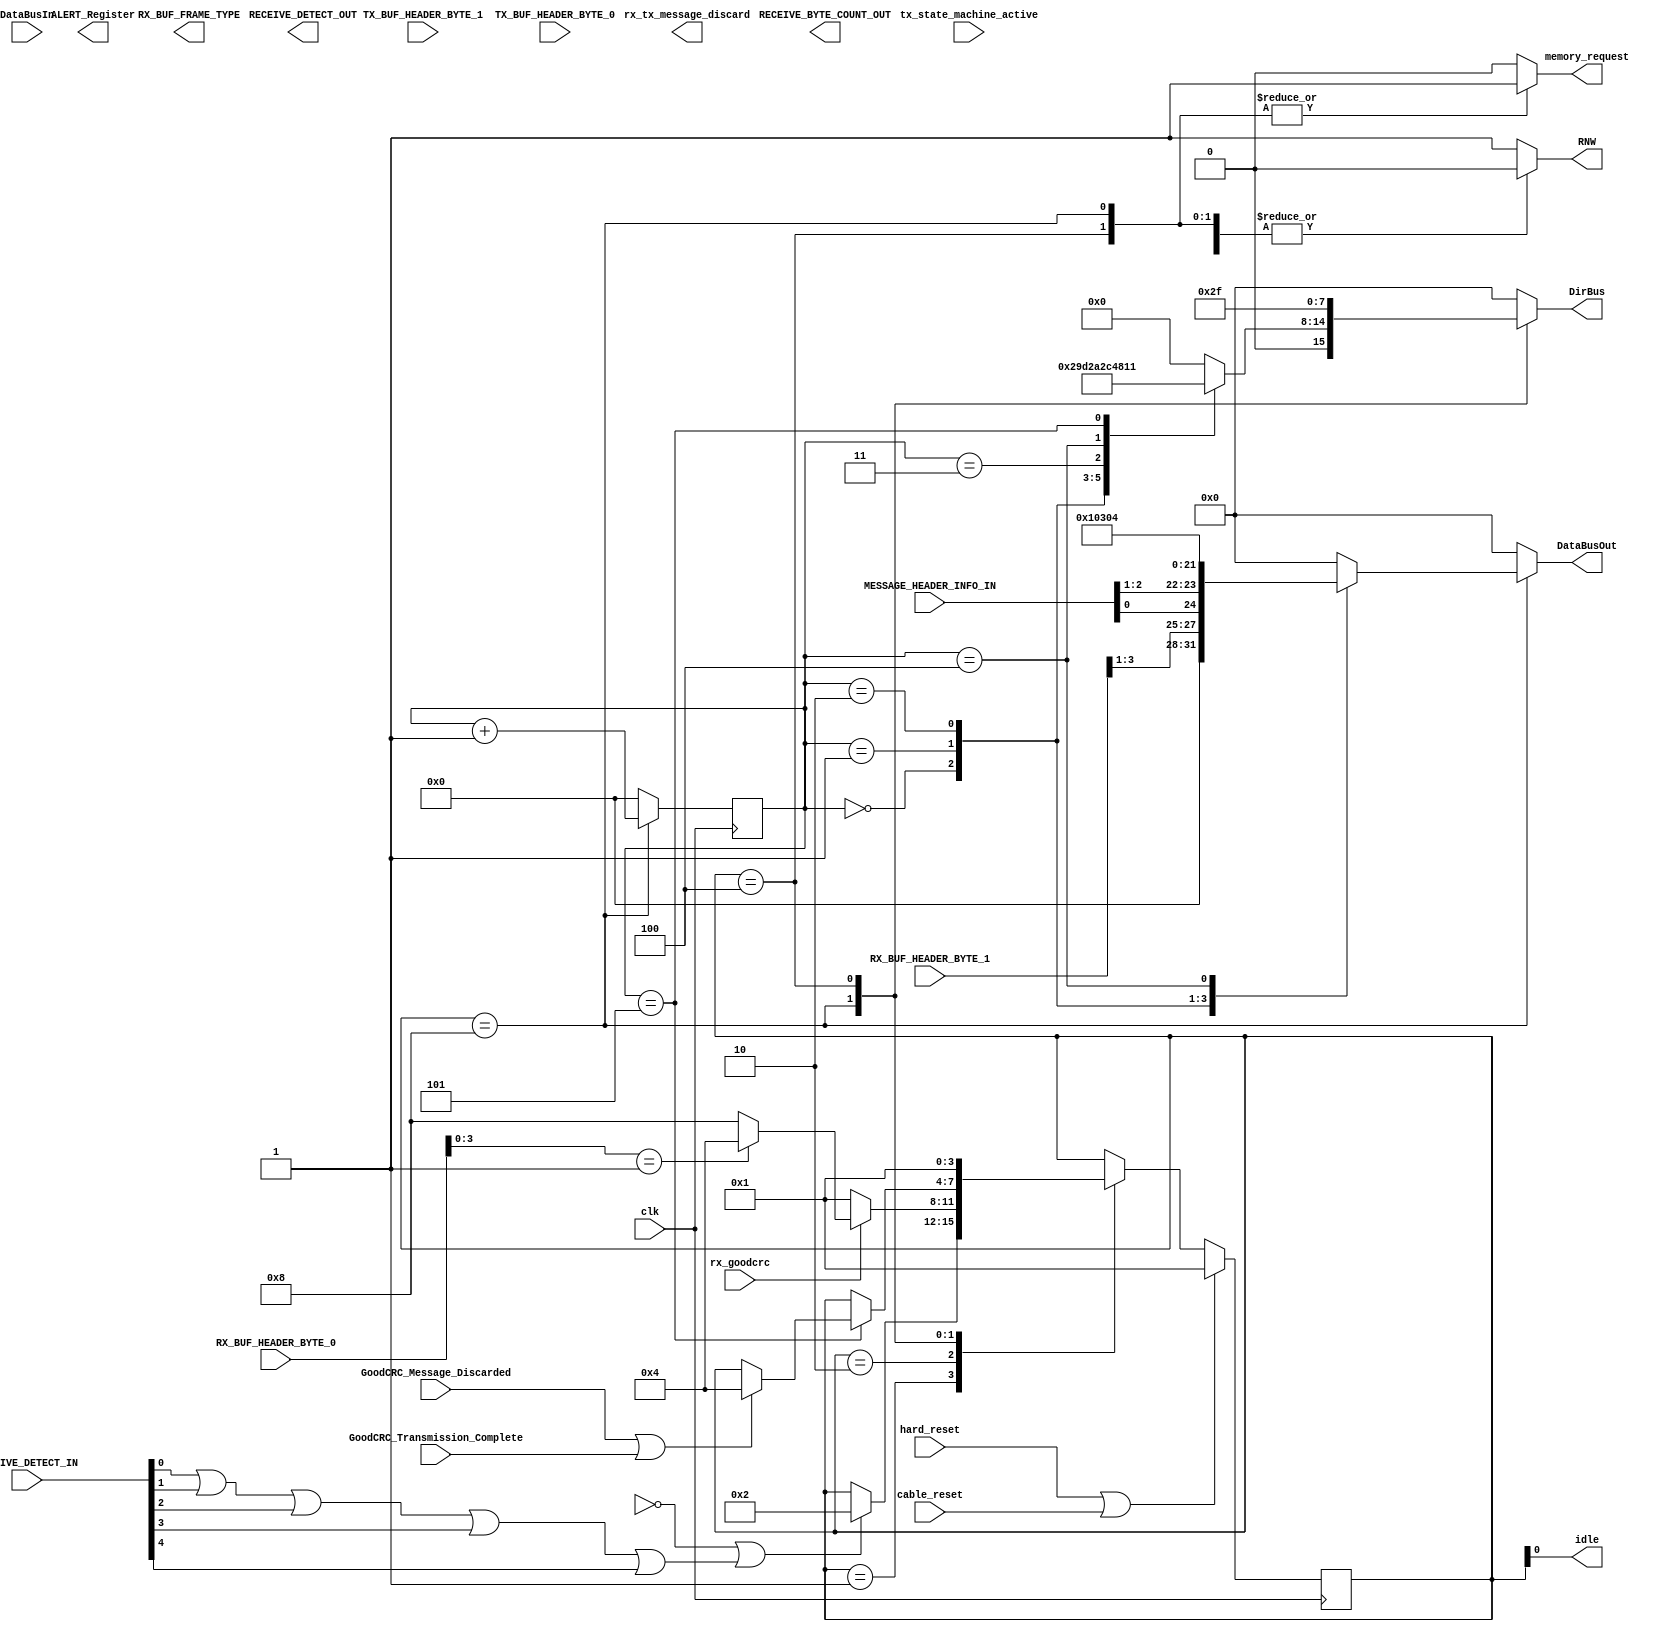
module rx ( 
		 
		input wire 	 clk, 
		input wire 	 hard_reset, 
		input wire 	 cable_reset, 
		input wire 	 tx_state_machine_active, // Se encuentra activa la SM Tx?
		input wire [7:0] DataBusIn, // Datos entrantes desde el mdulo de registros

		input wire [7:0] MESSAGE_HEADER_INFO_IN, // Registro de informacin de header 
		input wire [7:0] RECEIVE_DETECT_IN, // Registro de notificacin de mensaje
		input wire [7:0] TX_BUF_HEADER_BYTE_1, // Header del mensaje en TX
		input wire [7:0] TX_BUF_HEADER_BYTE_0, // Header del mensaje en TX
		input wire [7:0] RX_BUF_HEADER_BYTE_1, // Rx buffer header byte 1
		input wire [7:0] RX_BUF_HEADER_BYTE_0, // Rx buffer header byte 0
		input wire 	 GoodCRC_Message_Discarded,// Indica mensaje de GoodCRC descartado
		input wire 	 GoodCRC_Transmission_Complete,// Indica mensaje de GoodCRC exitoso
                input wire 	 rx_goodcrc, // Se recibe un buen CRC                
                output reg 	 rx_tx_message_discard, // Informar a PLR de estado Rx_Message_Discard	 
		output reg [7:0] DirBus, // Bus de direcciones proveniente del PHY
		output reg [7:0] DataBusOut, // Datos salientes hacia el mdulo de registros.
		output reg 	 memory_request,
		output reg 	 RNW,
		output wire 	 idle, 
		output reg [7:0] RECEIVE_BYTE_COUNT_OUT, // Nmero de bytes en el mensaje, (3 si es de control)		
                output reg [7:0] ALERT_Register,
                output reg [7:0] RX_BUF_FRAME_TYPE,
		output reg [7:0] RECEIVE_DETECT_OUT // Salida hacia el registro RECEIVE_DETECT
		);
   reg [3:0] 		   state; // Registro estado
   reg [3:0] 		   nextState; // Registro prximo estado
   reg 			   RxBufferFull; // Seala si el buffer est lleno
   reg [3:0] 		   WriteGoodCRC_counter; // Contador de escritura en memoria de mensaje GoodCRC
   wire 		   MessageRecivedFromPHY;

   
//Estados de la mquina
   localparam PRL_Rx_Wait_For_PHY_Message = 4'b0001;
   localparam PRL_Rx_Message_Discard      = 4'b0010; 
   localparam PRL_Rx_Send_GoodCRC         = 4'b1000; 
   localparam PRL_Rx_Report_SOP           = 4'b0100; 

//Contadores de mensajes
   localparam ControlMessageSize          = 4'b0101;

//Los siguientes parmetros son valores dados por el estndar del USB Tipo C de Noviembre del 2016.
//Alertas y Notificaciones

   localparam ALERT_DIR_0                   = 8'h10; 
   localparam ALERT_DIR_1                   = 8'h11; 
   
//Direcciones del buffer para ser ledas
   localparam HEADER_0                    = 82;
   localparam HEADER_1                    = 83;
   localparam BYTE_COUNT                  = 81;
   localparam BUF_FRAME_TYPE              = 49;   

//Direcciones del buffer para ser escritas

   assign MessageRecivedFromPHY = RECEIVE_DETECT_IN[0] | RECEIVE_DETECT_IN[1] | RECEIVE_DETECT_IN[2] | RECEIVE_DETECT_IN[3] | RECEIVE_DETECT_IN[4] ; //Recibe mensajes
   assign MessageType = RX_BUF_HEADER_BYTE_0[3:0]; // Tipo de mensaje recibido    
   assign idle = state[0];   
   
//Bloque de Flip Flops
   always @ (posedge(clk))
     begin
	if (hard_reset == 1'b1 || cable_reset == 1'b1)
	  begin
	     state <= PRL_Rx_Wait_For_PHY_Message; // Se regresa al estado incial	     
	  end
	else
	  begin
	     state <= nextState; //cambio de estado	     	     
	  end

	if (state == PRL_Rx_Send_GoodCRC )
	  begin
	     WriteGoodCRC_counter<=WriteGoodCRC_counter + 4'b0001; // counter+1
	  end
	else
	  begin
	     WriteGoodCRC_counter<= 4'b0000; // counter=0
	  end
	
     end

//Lgica de Prximo Estado
   always @ (*)
     begin
	case (state)	  
	  PRL_Rx_Wait_For_PHY_Message:	    
	    begin	 	       	   	       
	       if ( ~RxBufferFull || MessageRecivedFromPHY )
		 begin
		    nextState <= PRL_Rx_Message_Discard;
		 end
	       else
		 begin
		    nextState<=state;		    
		 end
	    end
	  PRL_Rx_Message_Discard:
	    begin	 	       	       
	       if (rx_goodcrc)
		 begin  	       
		    if (RX_BUF_HEADER_BYTE_0[3:0] == 4'b0001 )
		      begin
			 nextState <= PRL_Rx_Report_SOP;
		      end
		    else
		      begin
			 nextState <= PRL_Rx_Send_GoodCRC;
		      end
		 end
	       else
		 begin
		    nextState <= PRL_Rx_Wait_For_PHY_Message; //Volver a estado inicial	   		    
		 end
	    end
	  PRL_Rx_Send_GoodCRC:
	    begin	 	       	       
	       if (WriteGoodCRC_counter == ControlMessageSize) // Se cumplieron las 4 escrituras en memoria
		 begin
		    if (GoodCRC_Message_Discarded || GoodCRC_Transmission_Complete)
		      begin  	       
			 nextState <= PRL_Rx_Report_SOP;
		      end
		    else
		      begin
			 nextState <= state; //Se queda en el mismo estado
		      end
		 end // if (WriteGoodCRC_counter == ControlMessageSize)	       
	       else
		 begin		    
		    nextState <= state; // Permanece en el mismo estado
		 end
	    end
	  PRL_Rx_Report_SOP:
	    begin	       	       
	       nextState <= PRL_Rx_Wait_For_PHY_Message;	       
	    end
	  default:
	    begin	       
	       nextState <= state;	       
	    end
	endcase
     end

//Lgica de Salida
   always @ (*)
     begin
	case (state)

	  PRL_Rx_Wait_For_PHY_Message:
	    begin
	       memory_request = 0;
	       RNW = 1;
	       
	       DirBus<=8'h00; // Valor por defecto del bus de direcciones
	       DataBusOut<=8'b00000000; // Valor por defecto del bus de datos
	    end
	  PRL_Rx_Message_Discard: // En este estado se realiza la tarea correspondiente a cada mensaje
	    begin	 
	       memory_request = 0;
	       RNW = 0;
      
	       DirBus<=8'h00; // Valor por defecto del bus de direcciones
	       DataBusOut<=8'b00000000; // Valor por defecto del bus de datos
	    end
	  PRL_Rx_Send_GoodCRC:
	    begin
	       memory_request = 1;
	       RNW = 0;
	       case (WriteGoodCRC_counter)
		 4'b0000: // Se escribe la cabecera alta
		   begin
		      DirBus<=HEADER_1;		      
		      DataBusOut<={8'b0000,RX_BUF_HEADER_BYTE_1[3:1],MESSAGE_HEADER_INFO_IN[0]};	       
		   end
		 4'b0001: // Se escribe la cabecera baja
		   begin
		      DirBus<=HEADER_0;		      
		      DataBusOut<={MESSAGE_HEADER_INFO_IN[2:1],6'b000001};
		   end
		 4'b0010: // Se escribe la cabecera baja
		   begin
		      DirBus<=BYTE_COUNT;		      
		      DataBusOut<=8'b00000011; // Nmero de bytes en el mensaje
		   end
		 4'b0011: // Se escribe el tipo de mensaje
		   begin
		      DirBus<=BUF_FRAME_TYPE;
		      DataBusOut<=8'b00000000; //SOP Message
		   end
		 4'b0100: // Se levanta la alerta para que el master lea
		   begin
		      DirBus<=ALERT_DIR_0; // Dir_reg_alerta
		      DataBusOut<=8'b00000100; // Alerta
		   end
		 4'b0101: // Se levanta la alerta para que el master lea
		   begin
		      DirBus<=ALERT_DIR_1; // Dir_reg_alerta
		      DataBusOut<=8'b00000000; // Alerta
		   end
		 default:
		   begin		      
		      DirBus<=8'h00;
		      DataBusOut<=8'b00000000;
		   end
	       endcase
	    end
	  PRL_Rx_Report_SOP:
	    begin
	       memory_request = 1;
	       RNW = 0;
	       
	       DirBus<=47;
	       DataBusOut<=8'b00000000;	       
	    end
	  default: //No haga nada
	    begin
	       memory_request = 0;
	       RNW = 1;
	       
	       DirBus<=8'h00;
	       DataBusOut<=8'b00000000;	
	    end
	endcase	
     end
   
endmodule